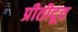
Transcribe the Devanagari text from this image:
प्रीतीदूत